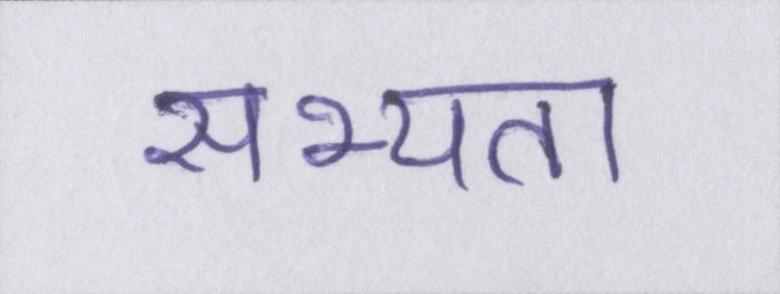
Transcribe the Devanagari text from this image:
सभ्यता